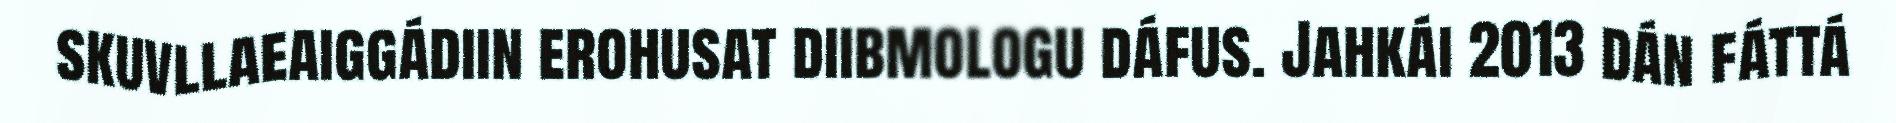
skuvllaeaiggádiin erohusat diibmologu dáfus. Jahkái 2013 dán fáttá